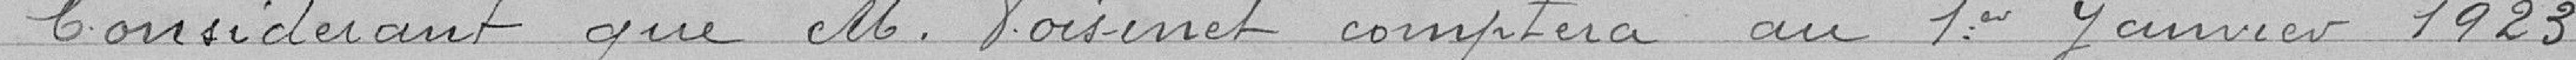
Considérant que M. Voisinet comptera au 1er janvier 1923